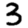
Digit: 3